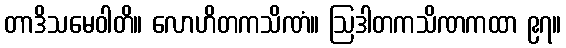
တာဒိသမေဝါတိ။ လောဟိတကသိဏံ။ ဩဒါတကသိဏကထာ ၉၇။